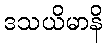
ဒသယိမာနိ